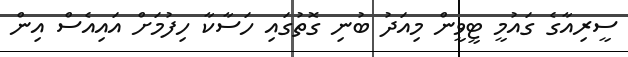
ސީރިއާގެ ގައުމީ ޓީވީން މިއަދު ބުނި ގޮތުގައި ހަސާކާ ހިފުމަށް އައިއެސް އިން